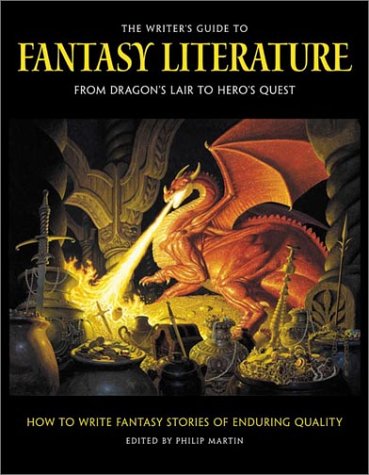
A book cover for The Writer's Guide to Fantasy Literature: From Dragon's Lair to Hero's Quest; Science Fiction & Fantasy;